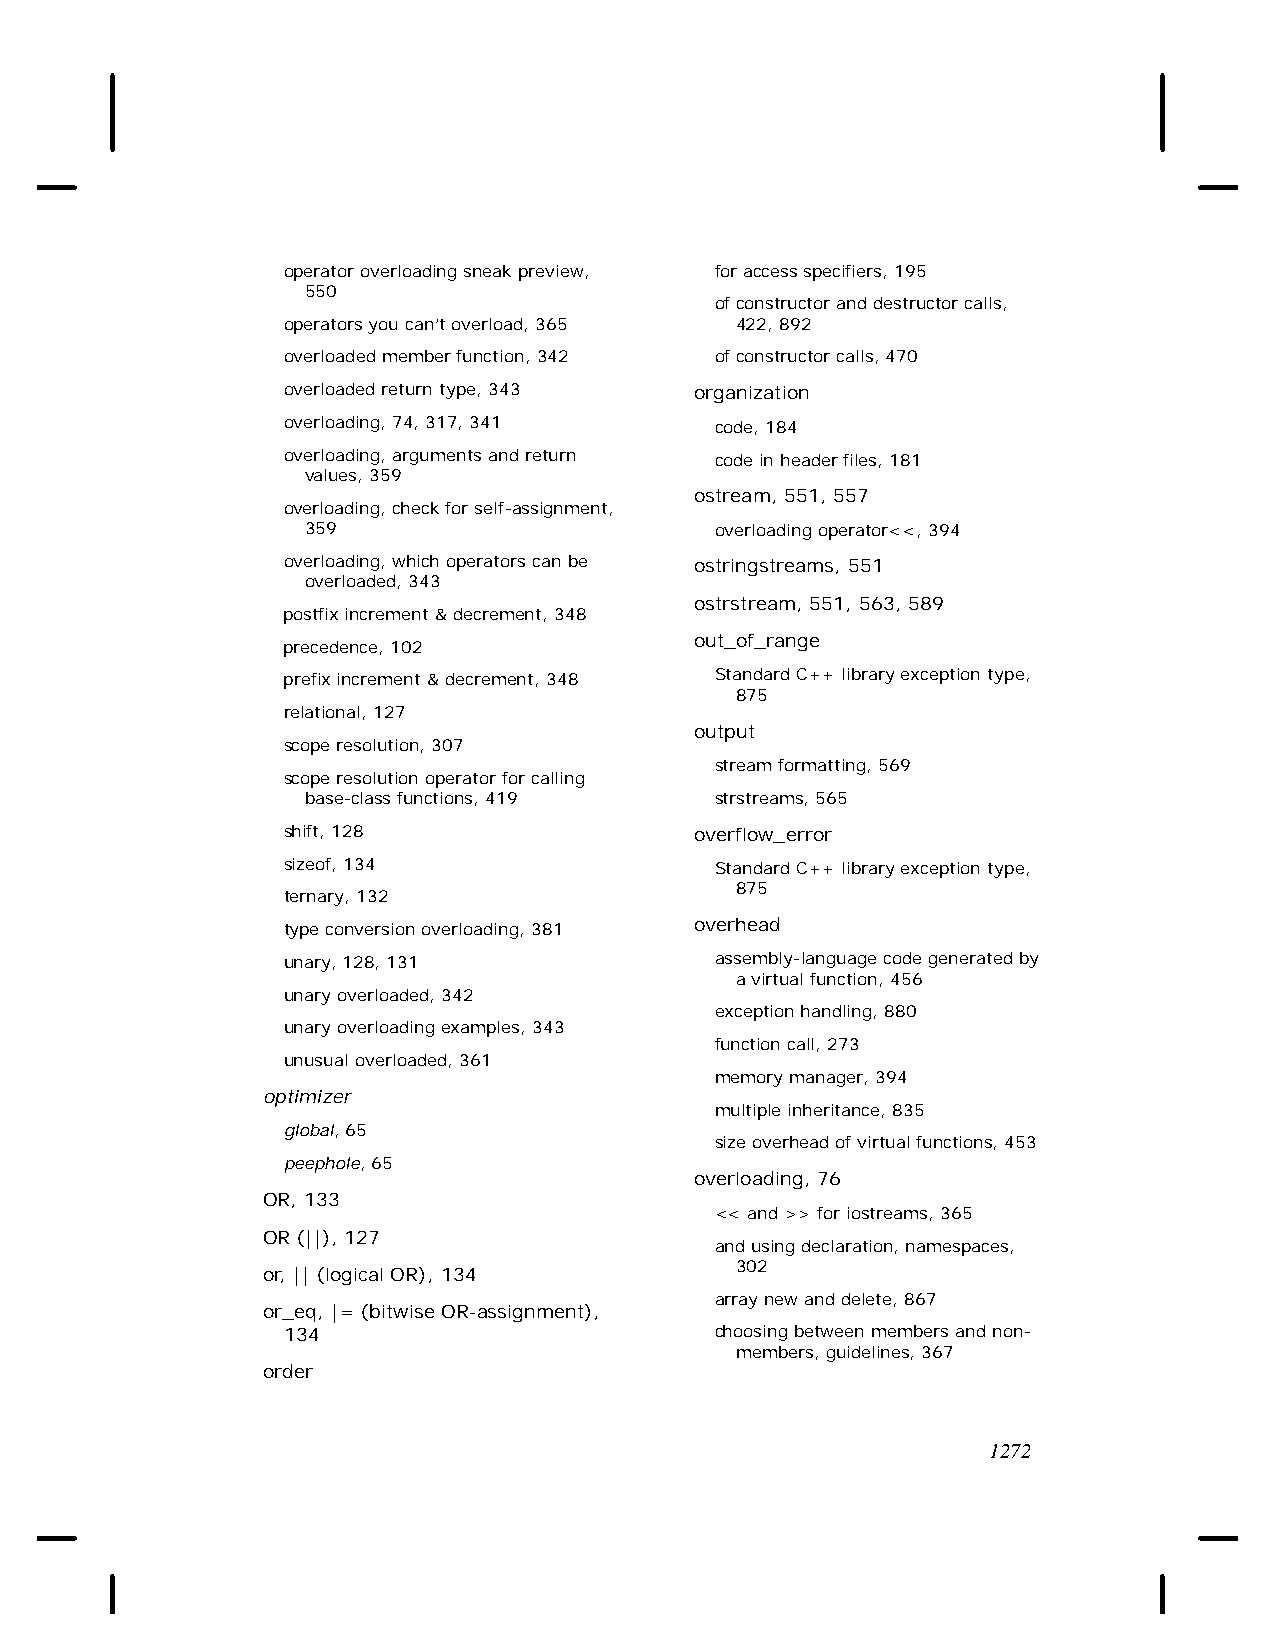
operator overloading sneak preview, for access specifiers, 195
 550
 of constructor and destructor calls,
 operators you can’t overload, 365 422, 892
 overloaded member function, 342 of constructor calls, 470
 overloaded return type, 343 organization
 overloading, 74, 317, 341   code, 184
 overloading, arguments and return code in header files, 181
 values, 359
 ostream, 551, 557
 overloading, check for self-assignment,
 359                        overloading operator<<, 394
 overloading, which operators can be ostringstreams, 551
 overloaded, 343
 ostrstream, 551, 563, 589
 postfix increment & decrement, 348
 out_of_range
 precedence, 102
 prefix increment & decrement, 348 Standard C++ library exception type,
 875
 relational, 127
 output
 scope resolution, 307
 stream formatting, 569
 scope resolution operator for calling
 base-class functions, 419  strstreams, 565
 shift, 128                 overflow_error
 sizeof, 134                 Standard C++ library exception type,
 875
 ternary, 132
 type conversion overloading, 381 overhead
 unary, 128, 131             assembly-language code generated by
 a virtual function, 456
 unary overloaded, 342
 exception handling, 880
 unary overloading examples, 343
 function call, 273
 unusual overloaded, 361
 memory manager, 394
 optimizer
 multiple inheritance, 835
 global, 65
 size overhead of virtual functions, 453
 peephole, 65
 overloading, 76
 OR, 133
 << and >> for iostreams, 365
 OR (||), 127
 and using declaration, namespaces,
 302
 or, || (logical OR), 134
 array new and delete, 867
 or_eq, |= (bitwise OR-assignment),
 134                         choosing between members and non-
 members, guidelines, 367
 order
 1272